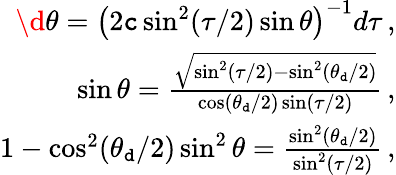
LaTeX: \begin{array}{r}{\d\theta=\left(2{\tt c}\sin^{2}(\tau/2)\sin\theta\right)^{-1}d\tau\, ,}\\ {\sin\theta=\frac{\sqrt{\sin^{2}(\tau/2)-\sin^{2}(\theta_{\tt d}/2)}}{\cos(\theta_{\tt d}/2)\sin(\tau/2)}\, ,}\\ {1-\cos^{2}(\theta_{\tt d}/2)\sin^{2}\theta=\frac{\sin^{2}(\theta_{\tt d}/2)}{\sin^{2}(\tau/2)}\, ,}\end{array}